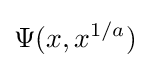
\Psi (x,x^{1/a})